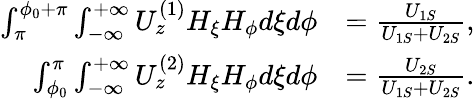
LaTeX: \begin{array}{rl}{\int_{\pi}^{\phi_{0}+\pi}\int_{-\infty}^{+\infty}U_{z}^{(1)}H_{\xi}H_{\phi}d\xi d\phi}&{=\frac{U_{1S}}{U_{1S}+U_{2S}},}\\ {\int_{\phi_{0}}^{\pi}\int_{-\infty}^{+\infty}U_{z}^{(2)}H_{\xi}H_{\phi}d\xi d\phi}&{=\frac{U_{2S}}{U_{1S}+U_{2S}}.}\end{array}